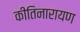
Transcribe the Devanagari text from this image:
कीतिनारायण